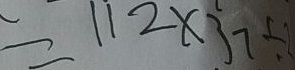
= 1 1 2 \times 3 7 \div 2